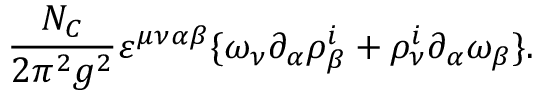
\frac { N _ { C } } { 2 \pi ^ { 2 } g ^ { 2 } } \varepsilon ^ { \mu \nu \alpha \beta } \{ \omega _ { \nu } \partial _ { \alpha } \rho _ { \beta } ^ { i } + \rho _ { \nu } ^ { i } \partial _ { \alpha } \omega _ { \beta } \} .